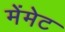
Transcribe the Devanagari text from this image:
मेंमेट